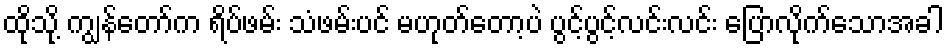
ထိုသို့ ကျွန်တော်က ရိပ်ဖမ်း သံဖမ်းပင် မဟုတ်တော့ပဲ ပွင့်ပွင့်လင်းလင်း ပြောလိုက်သောအခါ